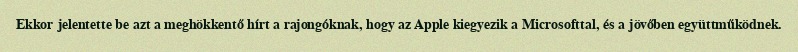
Ekkor jelentette be azt a meghökkentő hírt a rajongóknak, hogy az Apple kiegyezik a Microsofttal, és a jövőben együttműködnek.